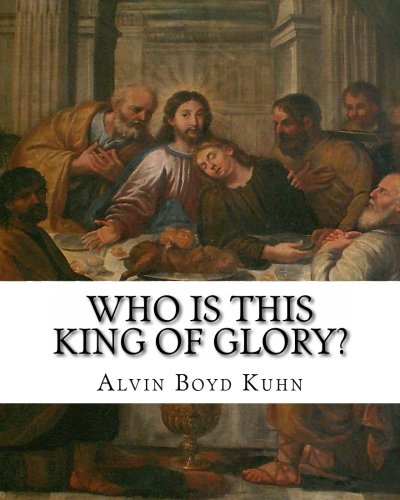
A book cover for Who is this King of Glory?: A Critical Study of the Christos-Messiah Tradition; Alvin Boyd Kuhn; Christian Books & Bibles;